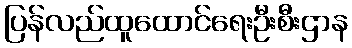
ပြန်လည်ထူထောင်ရေးဦးစီးဌာန